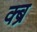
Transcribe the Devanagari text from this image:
क्ब्र